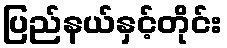
ပြည်နယ်နှင့်တိုင်း